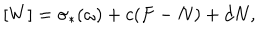
[ W ] = \sigma _ { * } ( \omega ) + c ( F - N ) + d N ,